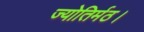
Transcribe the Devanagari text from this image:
ज्योतिर्मठ।